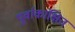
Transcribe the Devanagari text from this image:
पूर्वाकांक्षित